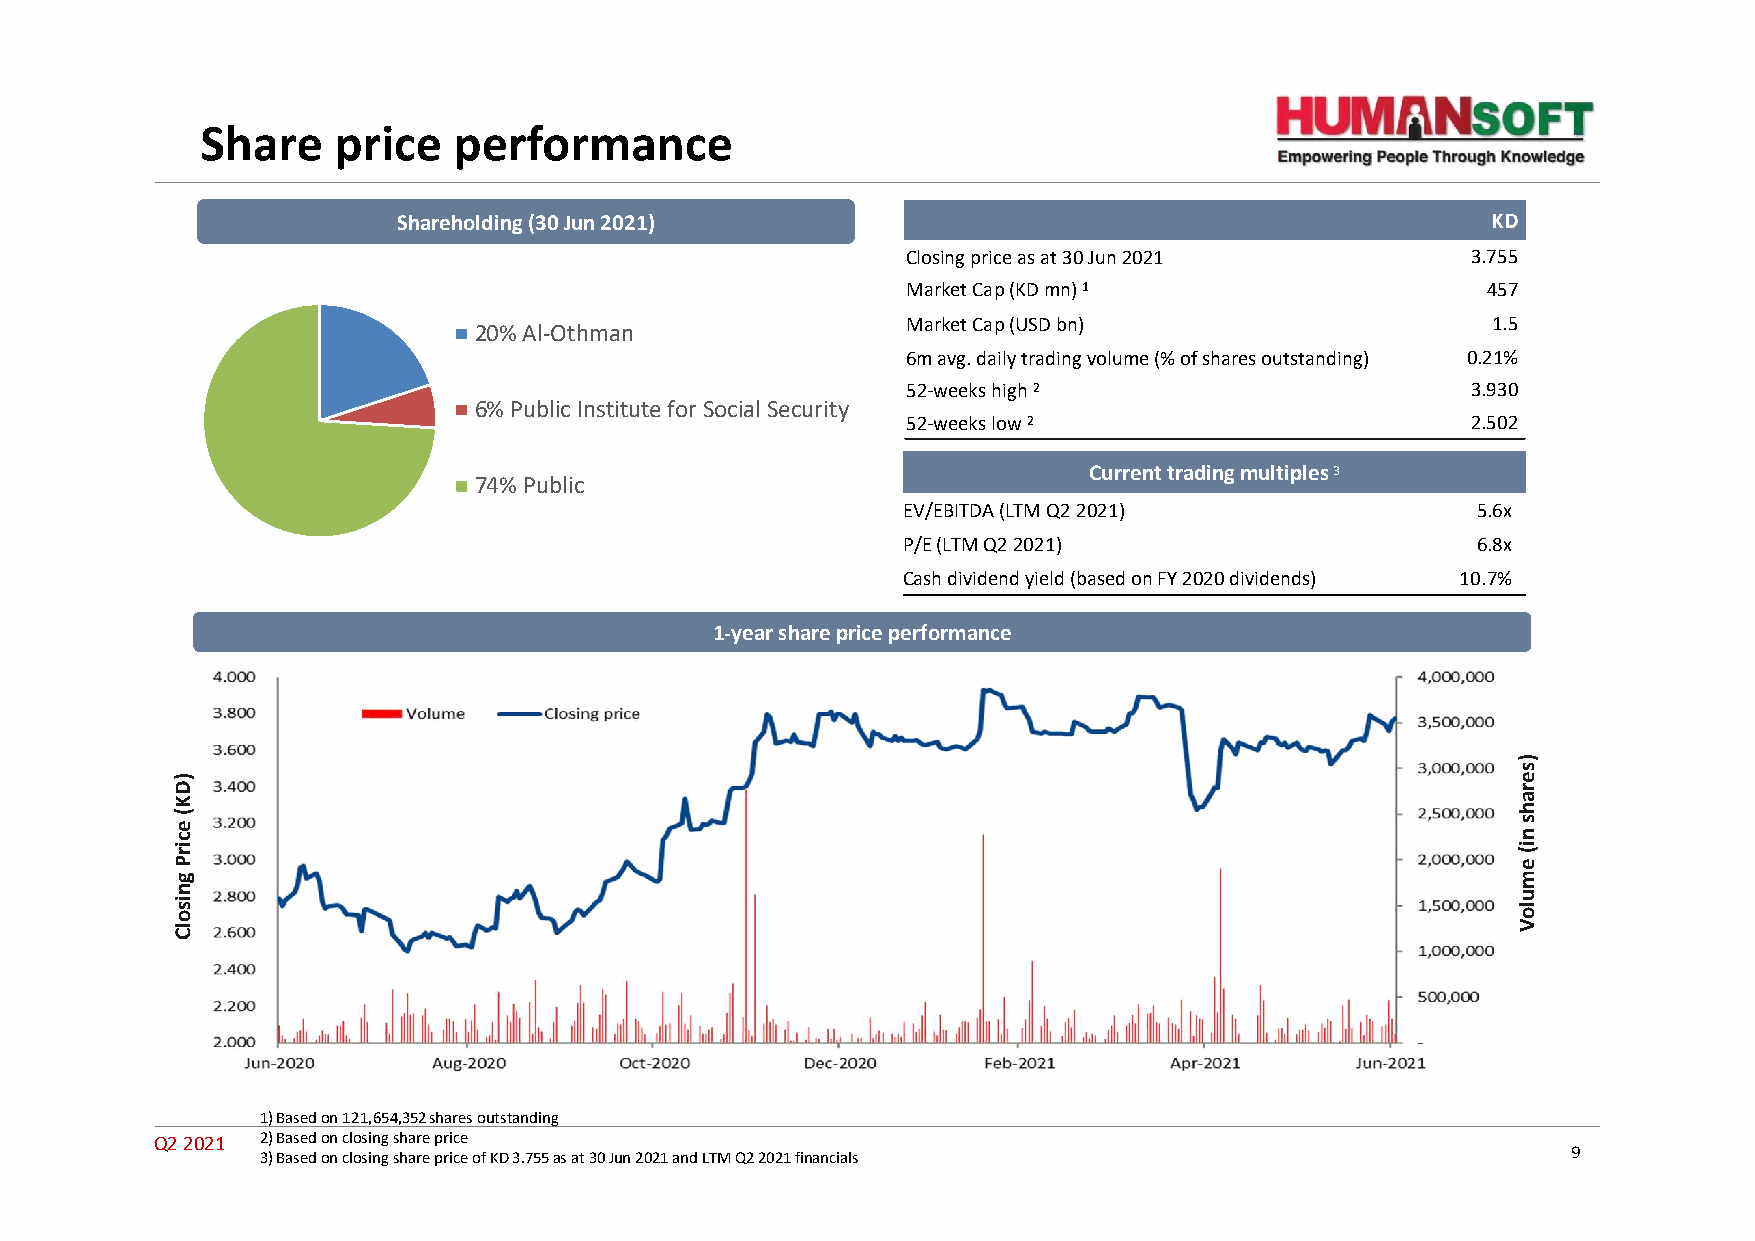
Share    price   performance
 Shareholding (30 Jun 2021)                                               KD
 Closing price as at 30 Jun 2021      3.755
 Market Cap (KD mn) 1                  457
 Market Cap (USD bn)                    1.5
 20% Al-Othman
 6m avg. daily trading volume (% of shares outstanding) 0.21%
 52-weeks high2                       3.930
 6% Public Institute for Social Security
 52-weeks low 2                       2.502
 Current trading multiples3
 74% Public
 EV/EBITDA (LTM Q2 2021)               5.6x
 P/E (LTM Q2 2021)                     6.8x
 Cash dividend yield (based on FY 2020 dividends) 10.7%
 1-year share price performance
 1) Based on 121,654,352 shares outstanding
 Q2 2021 2) Based on closing share price
 3) Based on closing share price of KD 3.755 as at 30 Jun 2021 and LTM Q2 2021 financials 9
 )DK(
 ecirP
 gnisolC
 )serahs
 ni(
 emuloV